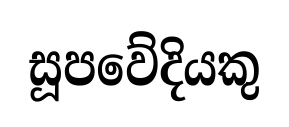
සූපවේදියකු